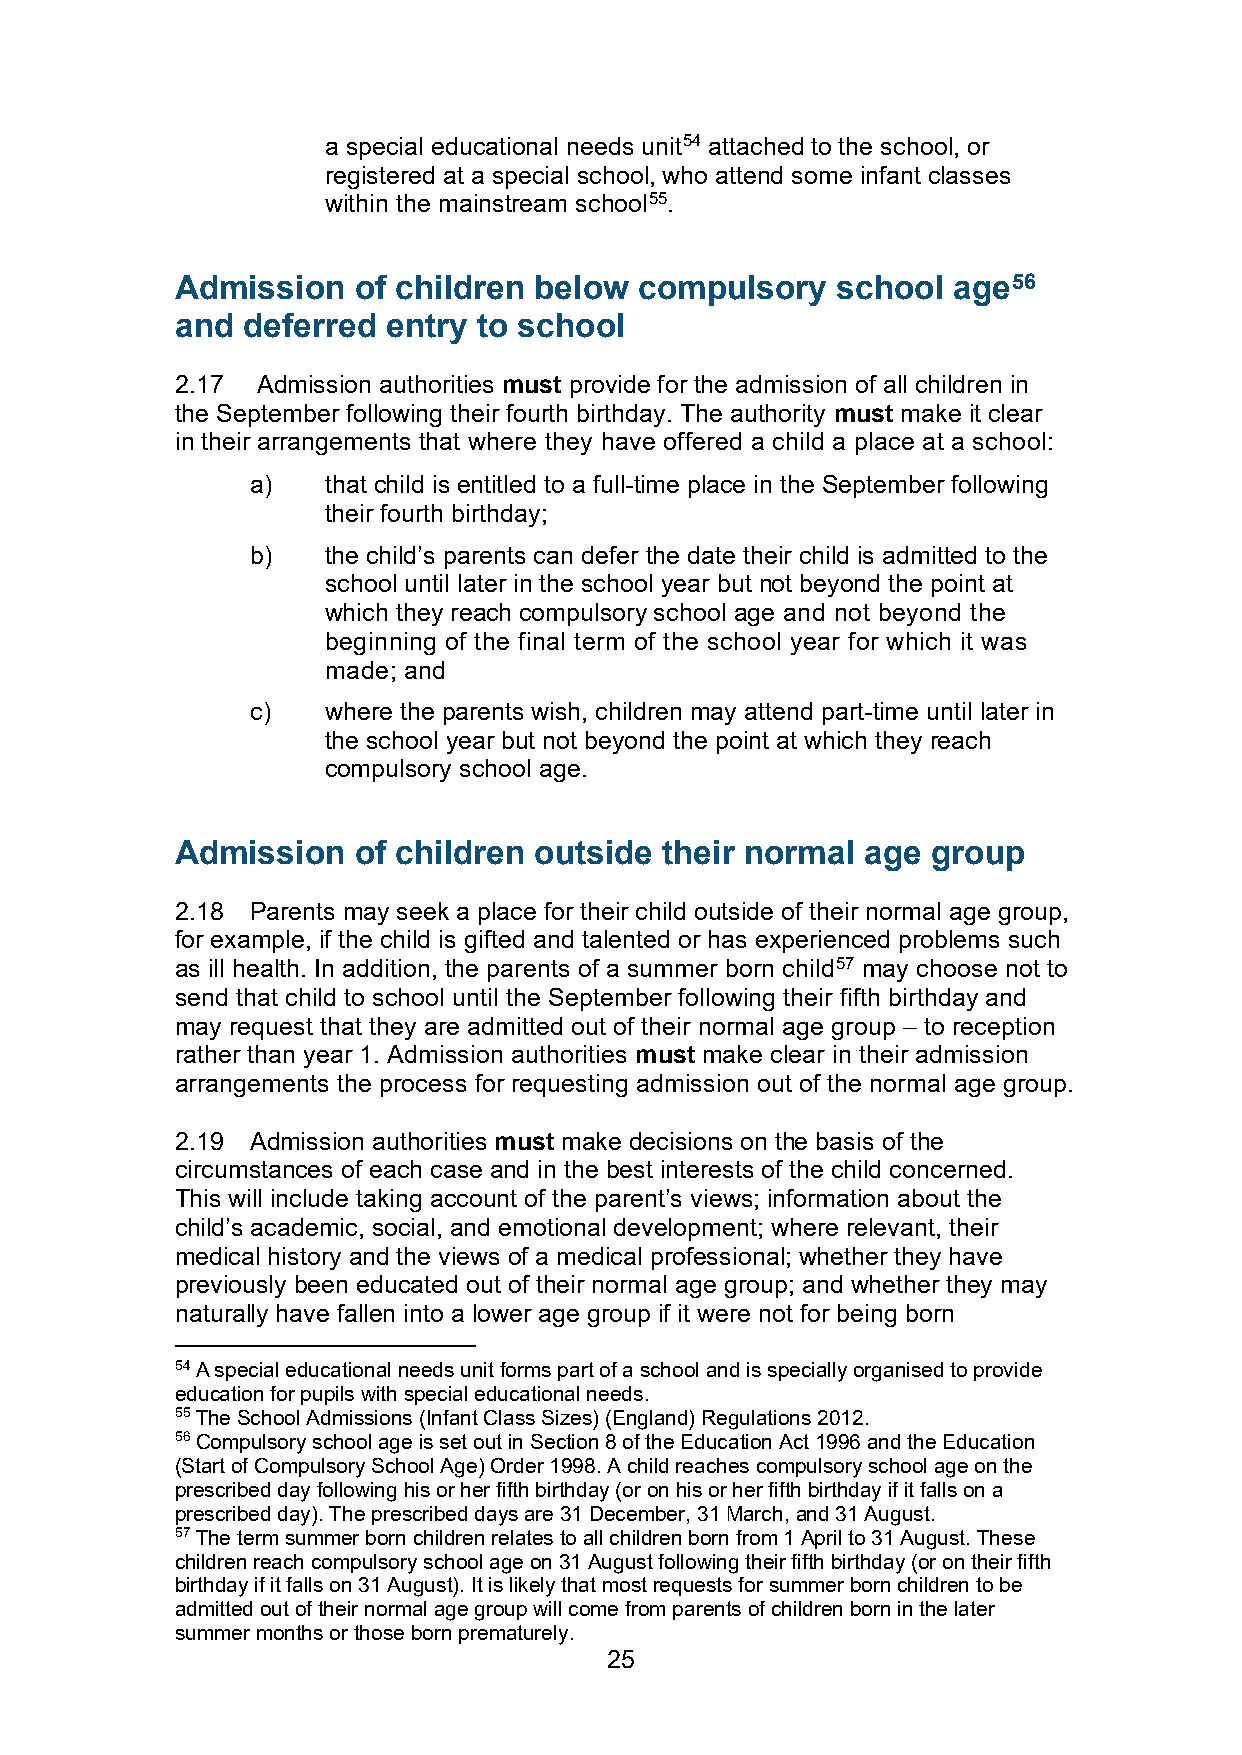
a special educational needs unit54 attached to the school, or
 registered at a special school, who attend some infant classes
 within the mainstream school55.
 Admission  of children below  compulsory   school  age56
 and deferred  entry to school
 2.17 Admission authorities must provide for the admission of all children in
 the September following their fourth birthday. The authority must make it clear
 in their arrangements that where they have offered a child a place at a school:
 a)   that child is entitled to a full-time place in the September following
 their fourth birthday;
 b)   the child’s parents can defer the date their child is admitted to the
 school until later in the school year but not beyond the point at
 which they reach compulsory school age and not beyond the
 beginning of the final term of the school year for which it was
 made; and
 c)   where the parents wish, children may attend part-time until later in
 the school year but not beyond the point at which they reach
 compulsory school age.
 Admission  of children outside  their normal age  group
 2.18 Parents may seek a place for their child outside of their normal age group,
 for example, if the child is gifted and talented or has experienced problems such
 as ill health. In addition, the parents of a summer born child57 may choose not to
 send that child to school until the September following their fifth birthday and
 may request that they are admitted out of their normal age group – to reception
 rather than year 1. Admission authorities must make clear in their admission
 arrangements the process for requesting admission out of the normal age group.
 2.19 Admission authorities must make decisions on the basis of the
 circumstances of each case and in the best interests of the child concerned.
 This will include taking account of the parent’s views; information about the
 child’s academic, social, and emotional development; where relevant, their
 medical history and the views of a medical professional; whether they have
 previously been educated out of their normal age group; and whether they may
 naturally have fallen into a lower age group if it were not for being born
 54 A special educational needs unit forms part of a school and is specially organised to provide
 education for pupils with special educational needs.
 55 The School Admissions (Infant Class Sizes) (England) Regulations 2012.
 56 Compulsory school age is set out in Section 8 of the Education Act 1996 and the Education
 (Start of Compulsory School Age) Order 1998. A child reaches compulsory school age on the
 prescribed day following his or her fifth birthday (or on his or her fifth birthday if it falls on a
 prescribed day). The prescribed days are 31 December, 31 March, and 31 August.
 57 The term summer born children relates to all children born from 1 April to 31 August. These
 children reach compulsory school age on 31 August following their fifth birthday (or on their fifth
 birthday if it falls on 31 August). It is likely that most requests for summer born children to be
 admitted out of their normal age group will come from parents of children born in the later
 summer months or those born prematurely.
 25